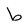
Character: b